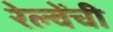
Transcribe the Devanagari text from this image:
रेल्वेंची